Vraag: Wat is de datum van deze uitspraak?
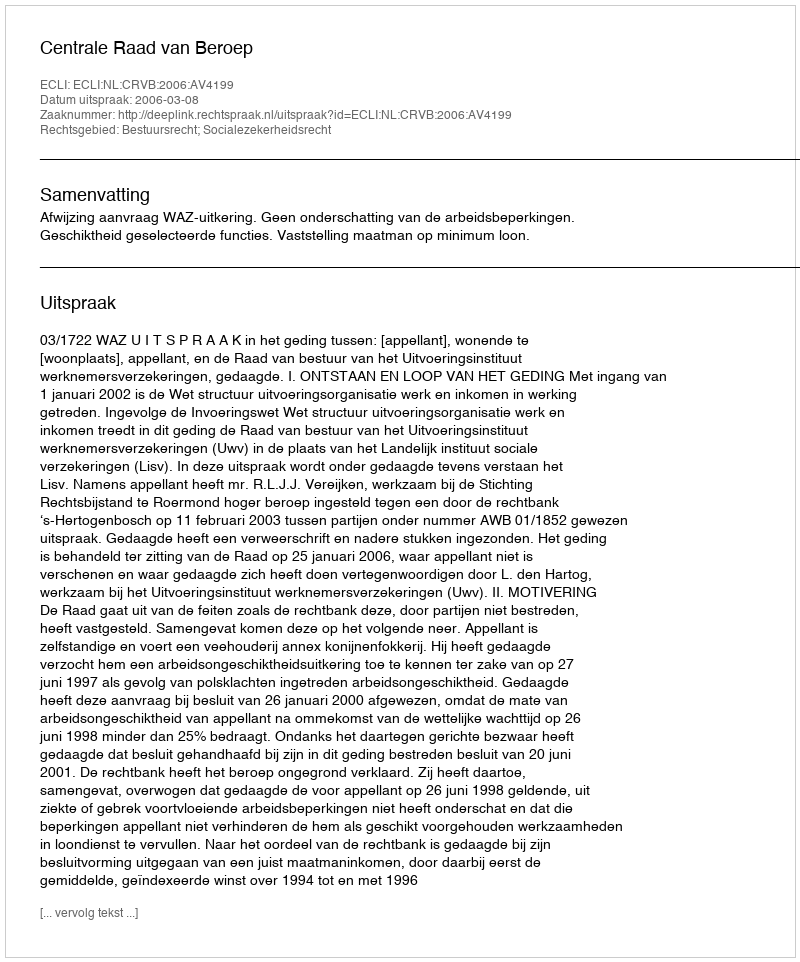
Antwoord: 2006-03-08